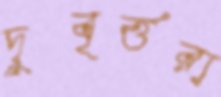
দুবৃর্ত্তরা